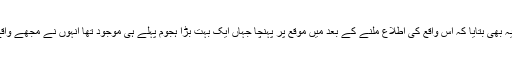
شکایت گزار نے یہ بھی بتایا کہ اس واقع کی اطلاع ملنے کے بعد میں موقع پر پہنچا جہاں ایک بہت بڑا ہجوم پہلے ہی موجود تھا انہوں نے مجھے واقع تفصیل سے بتایا۔